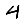
Digit: 4